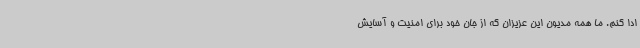
ادا کنم. ما همه مدیون این عزیزان که از جان خود برای امنیت و آسایش